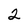
Character: 2